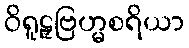
ဝိရူဠှဗြဟ္မစရိယာ